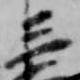
三